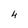
Character: 4